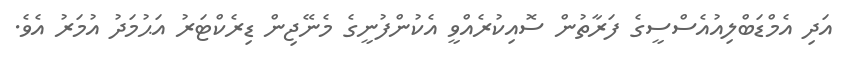
އަދި އެމްޑަބްލިއުއެސްސީގެ ފަރާތުން ސޮއިކުރެއްވީ އެކުންފުނީގެ މެނޭޖިން ޑިރެކްޓަރު އަޙުމަދު އުމަރު އެވެ.